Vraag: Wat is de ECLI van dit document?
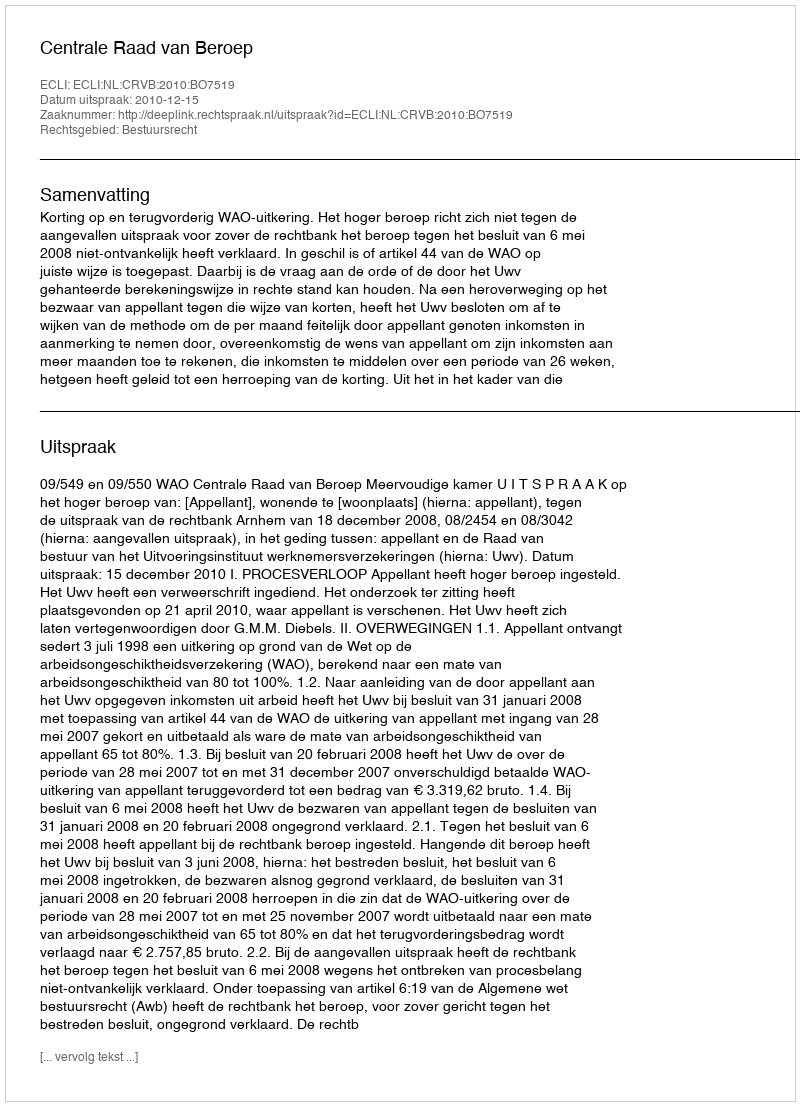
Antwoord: ECLI:NL:CRVB:2010:BO7519